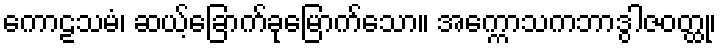
ကောဠသမံ၊ ဆယ့်ခြောက်ခုမြောက်သော။ အက္ကောသကဘာဒွါဇဝတ္ထု၊